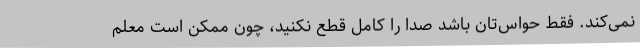
نمی‌کند. فقط حواس‌تان باشد صدا را کامل قطع نکنید، چون ممکن است معلم